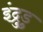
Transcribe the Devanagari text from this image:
इंद्रुडु